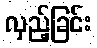
လှည့်ခြင်း